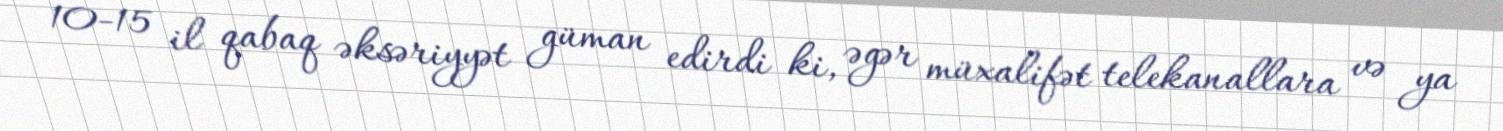
10-15 il qabaq əksəriyyət güman edirdi ki, əgər müxalifət telekanallara və ya